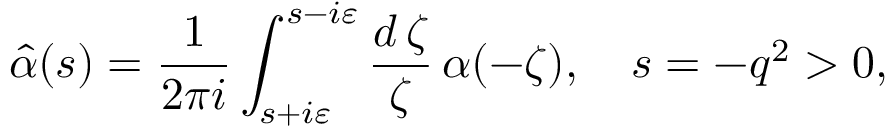
\widehat { \alpha } ( s ) = \frac { 1 } { 2 \pi i } \int _ { s + i \varepsilon } ^ { s - i \varepsilon } \frac { d \, \zeta } { \zeta } \, \alpha ( - \zeta ) , \quad s = - q ^ { 2 } > 0 ,